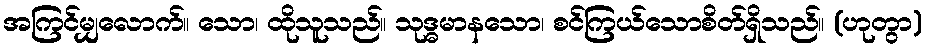
အကြင်မျှလောက်။ သော၊ ထိုသူသည်။ သုဒ္ဓမာနသော၊ စင်ကြယ်သောစိတ်ရှိသည်။ (ဟုတွာ)